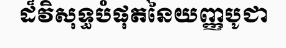
ដ៏វិសុទ្ធបំផុតនៃយញ្ញបូជា